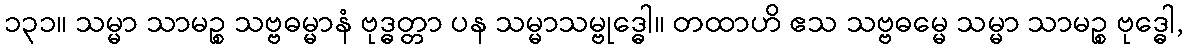
၁၃၁။ သမ္မာ သာမဉ္စ သဗ္ဗဓမ္မာနံ ဗုဒ္ဓတ္တာ ပန သမ္မာသမ္ဗုဒ္ဓေါ။ တထာဟိ ဧသ သဗ္ဗဓမ္မေ သမ္မာ သာမဉ္စ ဗုဒ္ဓေါ,